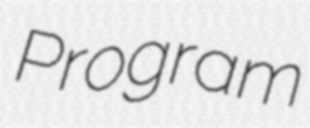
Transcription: Program